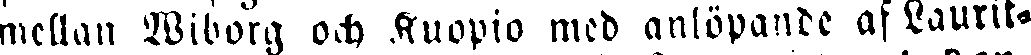
mellan Wiborg och Kuopio med anlöpande af Laurik-